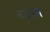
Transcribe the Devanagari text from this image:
वममन